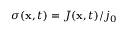
\sigma ( \mathbf { x } , t ) = J ( \mathbf { x } , t ) / j _ { 0 }